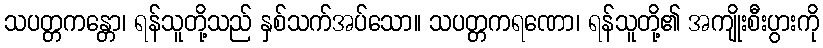
သပတ္တကန္တော၊ ရန်သူတို့သည် နှစ်သက်အပ်သော။ သပတ္တကရဏော၊ ရန်သူတို့၏ အကျိုးစီးပွားကို